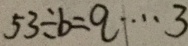
5 3 \div b = q \cdots 3